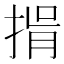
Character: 𢯇